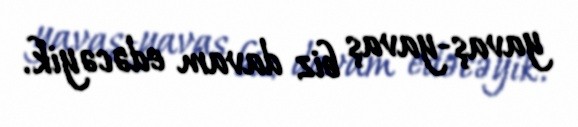
yavaş-yavaş biz davam edəcəyik.